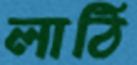
লাঠি